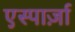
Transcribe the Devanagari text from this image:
एस्पार्ज़ा